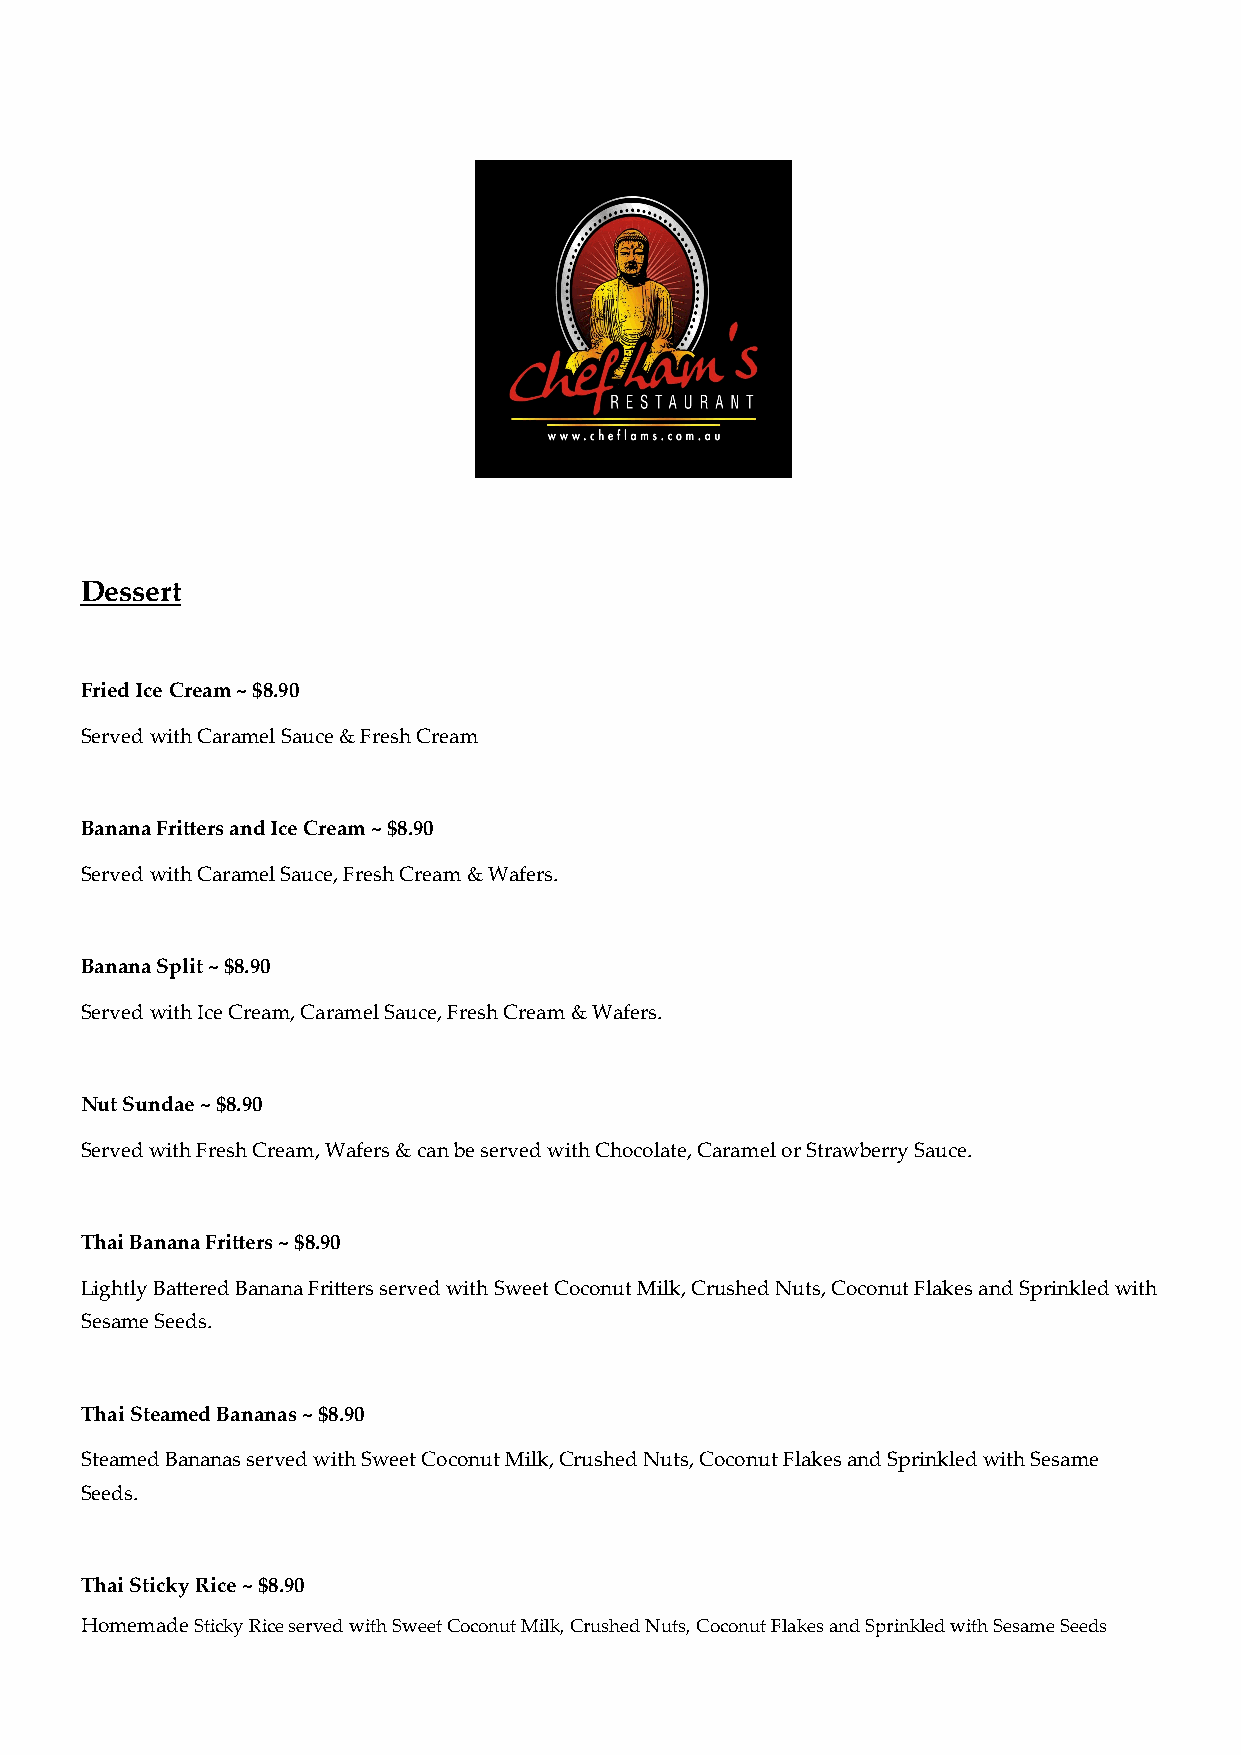
Dessert
 Fried Ice Cream ~ $8.90
 Served with Caramel Sauce & Fresh Cream
 Banana Fritters and Ice Cream ~ $8.90
 Served with Caramel Sauce, Fresh Cream & Wafers.
 Banana Split ~ $8.90
 Served with Ice Cream, Caramel Sauce, Fresh Cream & Wafers.
 Nut Sundae ~ $8.90
 Served with Fresh Cream, Wafers & can be served with Chocolate, Caramel or Strawberry Sauce.
 Thai Banana Fritters ~ $8.90
 Lightly Battered Banana Fritters served with Sweet Coconut Milk, Crushed Nuts, Coconut Flakes and Sprinkled with
 Sesame Seeds.
 Thai Steamed Bananas ~ $8.90
 Steamed Bananas served with Sweet Coconut Milk, Crushed Nuts, Coconut Flakes and Sprinkled with Sesame
 Seeds.
 Thai Sticky Rice ~ $8.90
 Homemade Sticky Rice served with Sweet Coconut Milk, Crushed Nuts, Coconut Flakes and Sprinkled with Sesame Seeds